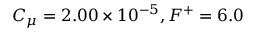
C _ { \mu } = 2 . 0 0 \times 1 0 ^ { - 5 } , F ^ { + } = 6 . 0